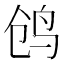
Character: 鸧